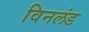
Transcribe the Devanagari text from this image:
विनलंड